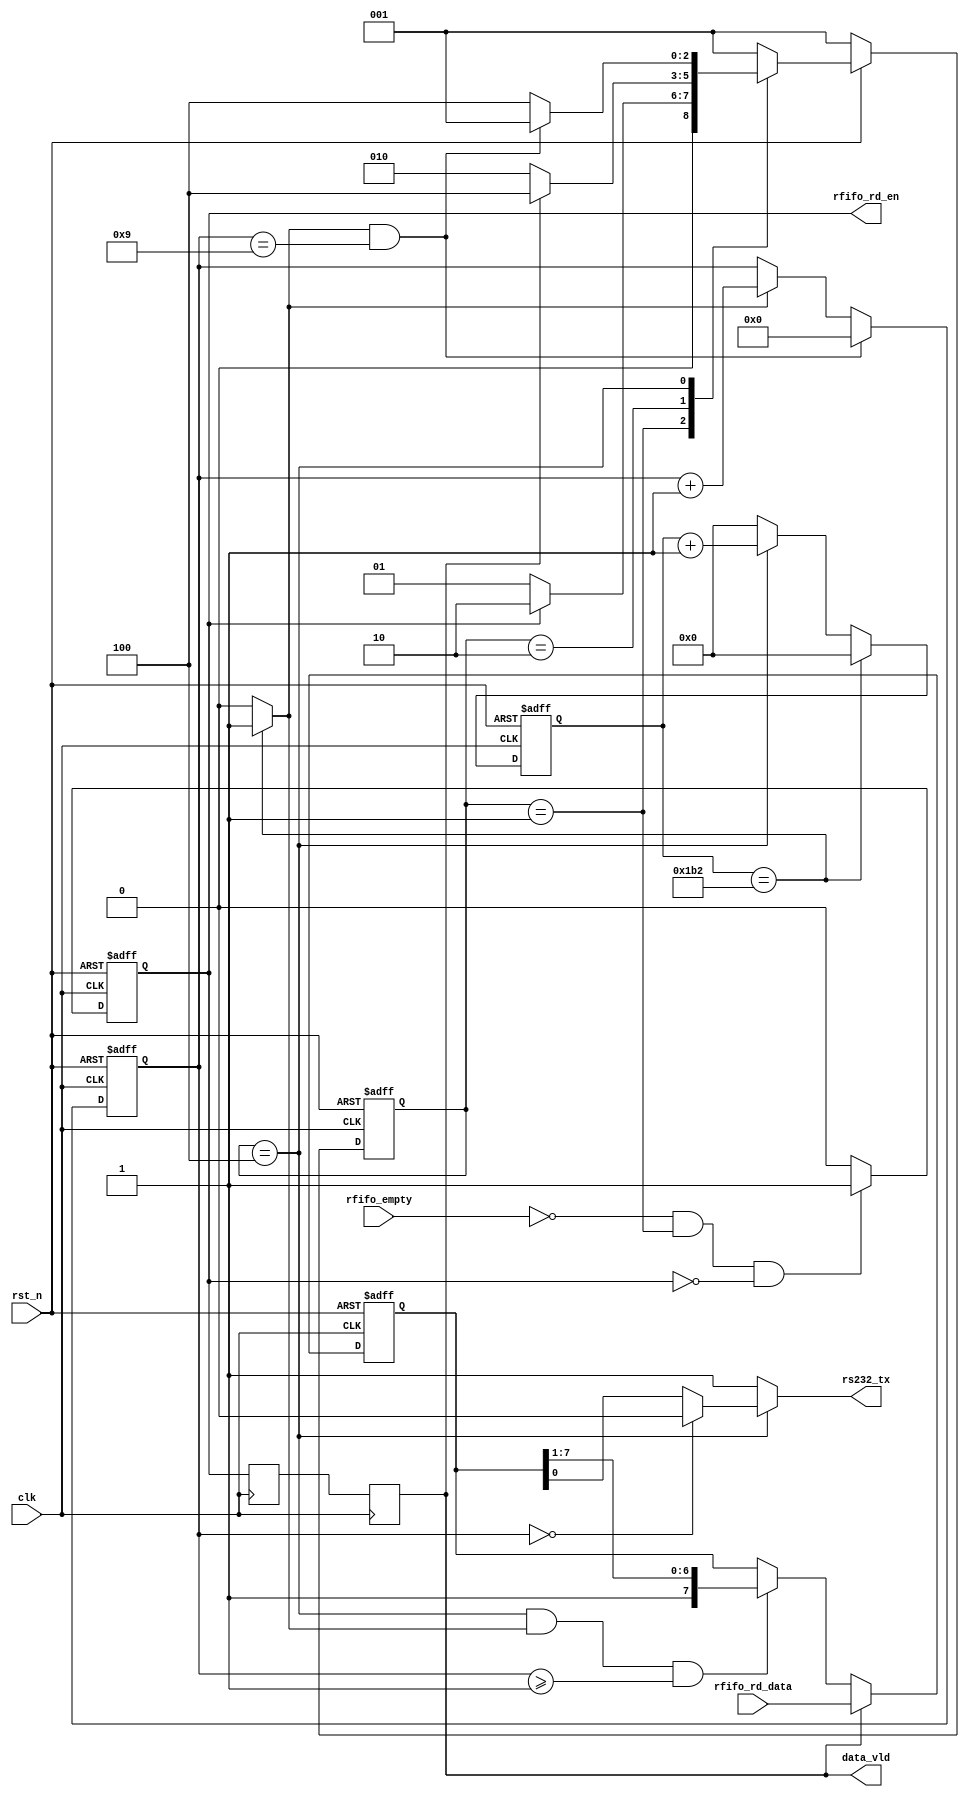
module  uart_tx(
        // system signals
        input                   clk                    ,
        input                   rst_n                 ,
        // UART Interface
        output                  rs232_tx                ,
        // RFIFO
        input                   rfifo_empty             ,
        output  reg             rfifo_rd_en             ,
        input           [ 7:0]  rfifo_rd_data           ,
		output	reg				data_vld
);
//====================================================================\
// ********** Define Parameter and Internal Signals *************
//====================================================================/
localparam      BAUD_END        =       434                    ;
localparam      BAUD_M          =       BAUD_END/2 - 1          ;
localparam      BIT_END         =       9                       ;

localparam		IDLE			=		3'b001;
localparam		START			=		3'b010;
localparam		TRANS			=		3'b100;
reg     [2:0] 					nx_state,cu_state;
reg                       		tx_trig_r           ;
reg     [ 7:0]                  tx_data           ;
reg     [12:0]                  baud_cnt                        ;
wire                            bit_flag                        ;
reg     [ 3:0]                  bit_cnt                         ;
wire                            tx_trig                         ;
//baud_cnt
always  @(posedge clk or negedge rst_n) begin
        if(rst_n == 1'b0)
                baud_cnt        <=      'd0;
        else if(baud_cnt == BAUD_END)
                baud_cnt        <=      'd0;
        else if(cu_state==TRANS)
                baud_cnt        <=      baud_cnt + 1'b1;
        else
                baud_cnt        <=      'd0;
end
// bit_flag
assign bit_flag=baud_cnt==BAUD_END?1'b1:1'b0;
//bit_cnt
always  @(posedge clk or negedge rst_n) begin
        if(rst_n == 1'b0)
                bit_cnt <=      'd0;
        else if(bit_flag == 1'b1 && bit_cnt == BIT_END)
                bit_cnt <=      'd0;
        else if(bit_flag == 1'b1)
                bit_cnt <=      bit_cnt + 1'b1;
end

always  @(posedge clk or negedge rst_n) begin
        if(rst_n == 1'b0)
                rfifo_rd_en     <=      1'b0;
        else if(rfifo_empty == 1'b0 && cu_state == IDLE && rfifo_rd_en==1'b0)
                rfifo_rd_en     <=      1'b1;
        else
                rfifo_rd_en     <=      1'b0;
end

assign	tx_trig = rfifo_rd_en;
always  @(posedge clk) begin
        tx_trig_r        <=      tx_trig;
		  data_vld       <=      tx_trig_r;
end

always  @(posedge clk or negedge rst_n) begin
        if(rst_n == 1'b0)
                tx_data      <=      'd1;
        else if(data_vld==1'b1)
				tx_data		<=	 rfifo_rd_data ;
		else if(cu_state==TRANS&&bit_flag==1'b1&&bit_cnt>=1)
				tx_data		<=	{1'b1,tx_data[7:1]};
end

always  @(posedge clk or negedge rst_n) begin
        if(rst_n == 1'b0)
                cu_state     <=      IDLE;
        else 
				cu_state     <=      nx_state;
end
always  @(*) begin
        if(rst_n == 1'b0)
                nx_state     =      IDLE;
        else
				case(cu_state)
					IDLE:
							if(tx_trig)
								nx_state	=	START;
							else
								nx_state	=	IDLE;
					START:
							if(data_vld==1'b1)
								nx_state	=	TRANS;
							else
								nx_state	=	START;
					TRANS:
							if(bit_flag&&bit_cnt==BIT_END)
								nx_state	=	IDLE;
							else
								nx_state	=	TRANS;
				default:nx_state=IDLE;
				endcase
		end


assign 				rs232_tx = cu_state==TRANS?(bit_cnt==0?1'b0:tx_data[0]):1'b1;
endmodule